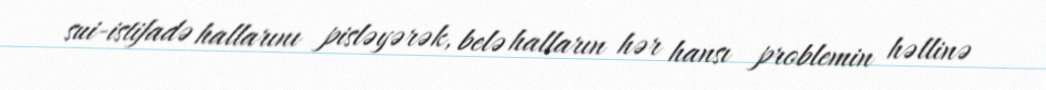
sui-istifadə hallarını pisləyərək, belə halların hər hansı problemin həllinə